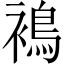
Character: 𧜣